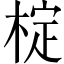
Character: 椗